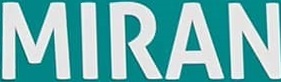
MIRAN